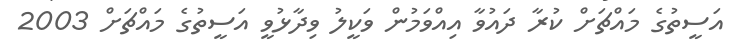
އަސީތުގެ މައްޗަށް ކުރާ ދައުވާ އިއްވަމުން ވަކީލު ވިދާޅުވީ އަސީތުގެ މައްޗަށް 2003